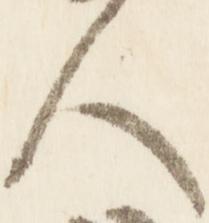
人